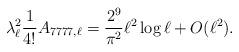
LaTeX: \begin{align*}&\lambda _{\ell }^{2} \frac 1 {4!} A_{7777,\ell} = \frac{ 2^{9}}{\pi^2} \ell^2 \log \ell +O(\ell^{2}).\end{align*}